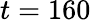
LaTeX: t=160